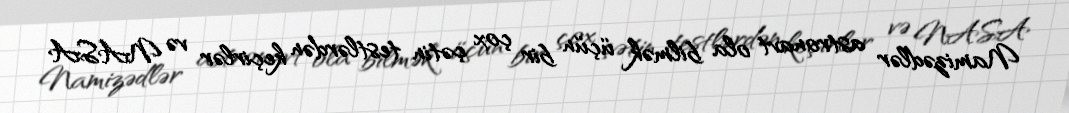
Namizədlər astronavt ola bilmək üçün bir çox çətin testlərdən keçirlər və NASA